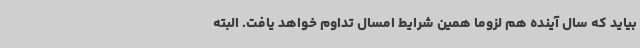
بیاید که سال آینده هم لزوما همین شرایط امسال تداوم خواهد یافت. البته